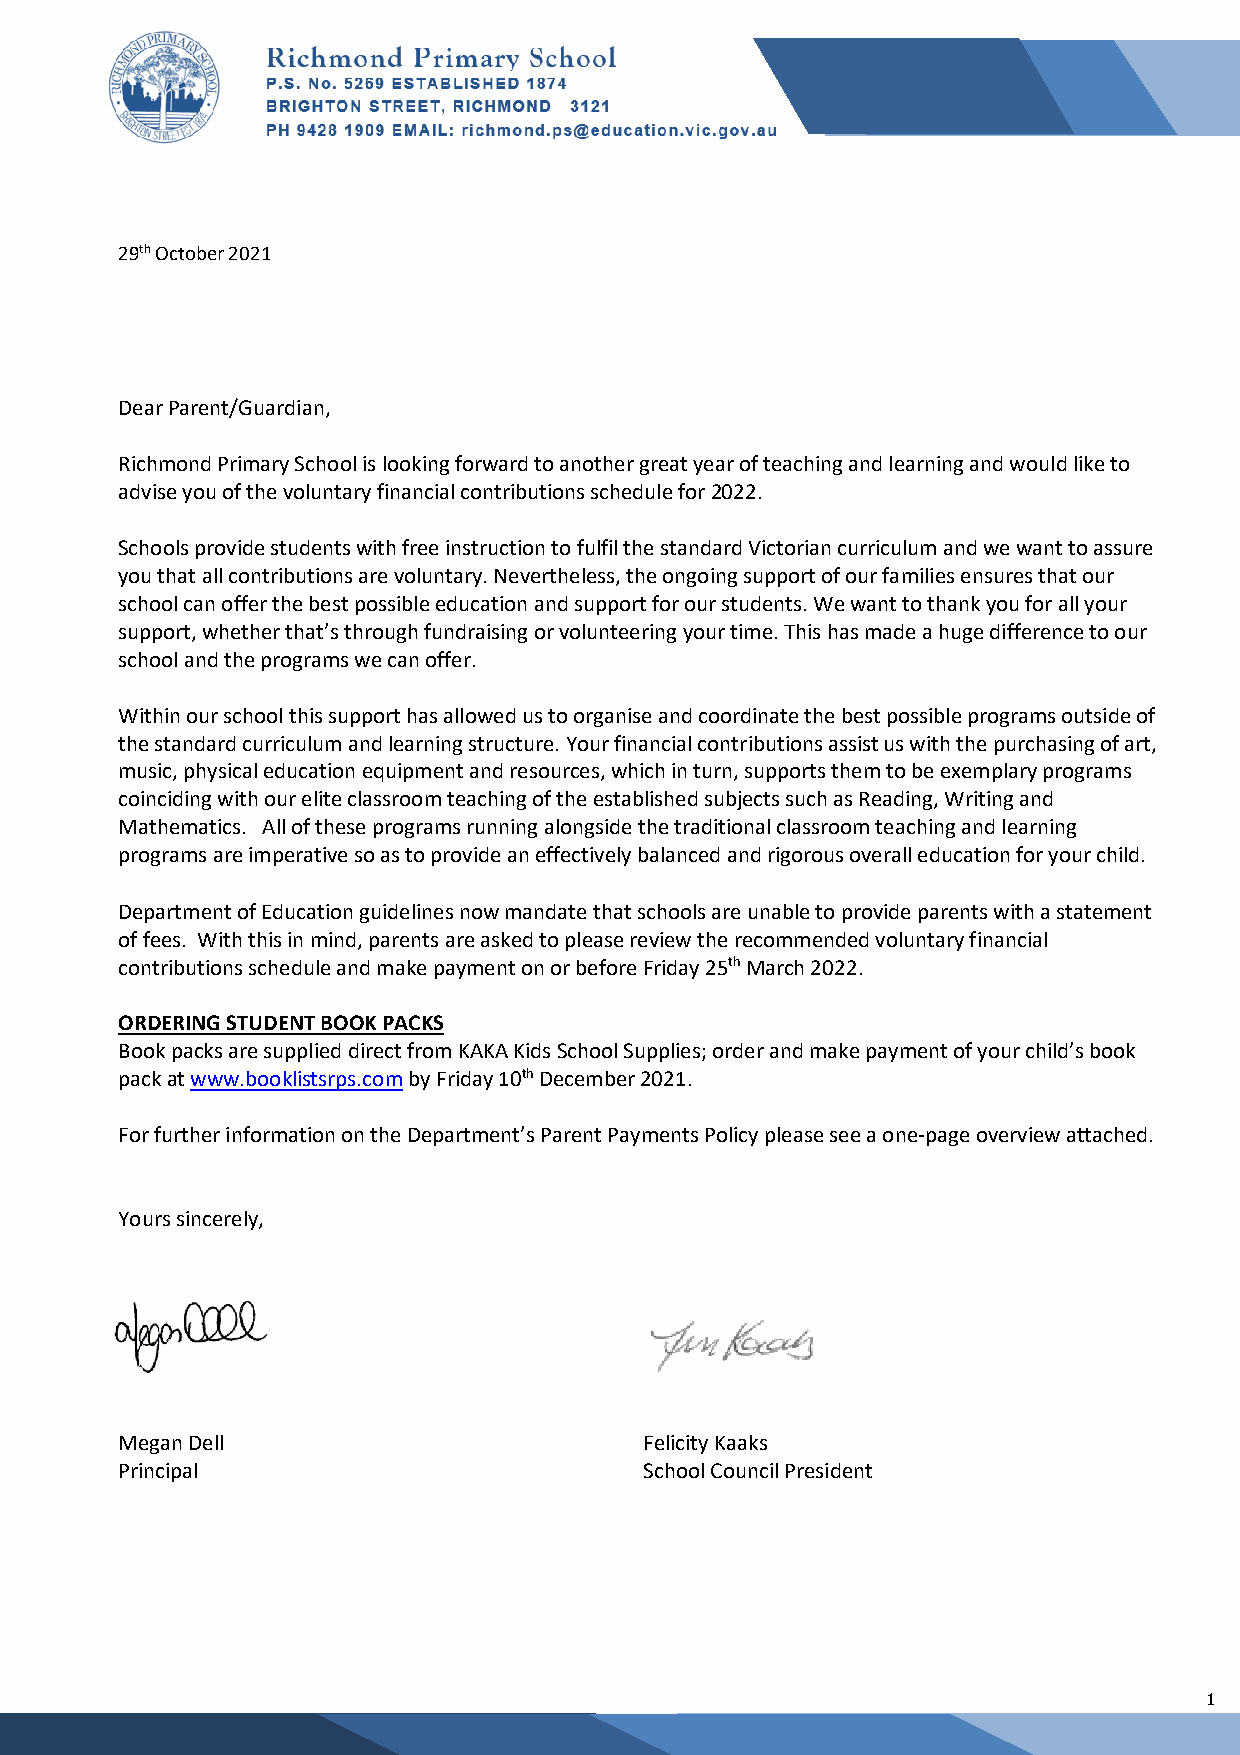
29th October 2021
 Dear Parent/Guardian,
 Richmond Primary School is looking forward to another great year of teaching and learning and would like to
 advise you of the voluntary financial contributions schedule for 2022.
 Schools provide students with free instruction to fulfil the standard Victorian curriculum and we want to assure
 you that all contributions are voluntary. Nevertheless, the ongoing support of our families ensures that our
 school can offer the best possible education and support for our students. We want to thank you for all your
 support, whether that’s through fundraising or volunteering your time. This has made a huge difference to our
 school and the programs we can offer.
 Within our school this support has allowed us to organise and coordinate the best possible programs outside of
 the standard curriculum and learning structure. Your financial contributions assist us with the purchasing of art,
 music, physical education equipment and resources, which in turn, supports them to be exemplary programs
 coinciding with our elite classroom teaching of the established subjects such as Reading, Writing and
 Mathematics. All of these programs running alongside the traditional classroom teaching and learning
 programs are imperative so as to provide an effectively balanced and rigorous overall education for your child.
 Department of Education guidelines now mandate that schools are unable to provide parents with a statement
 of fees. With this in mind, parents are asked to please review the recommended voluntary financial
 contributions schedule and make payment on or before Friday 25th March 2022.
 ORDERING STUDENT BOOK PACKS
 Book packs are supplied direct from KAKA Kids School Supplies; order and make payment of your child’s book
 pack at www.booklistsrps.com by Friday 10th December 2021.
 For further information on the Department’s Parent Payments Policy please see a one-page overview attached.
 Yours sincerely,
 Megan Dell                         Felicity Kaaks
 Principal                          School Council President
 1